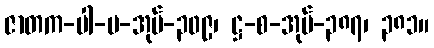
ဇာတက-ပါ-ပ-အုပ်-၃၀၉၊ ဋ္ဌ-စ-အုပ်-၃၈၇၊ ၃၈၁။